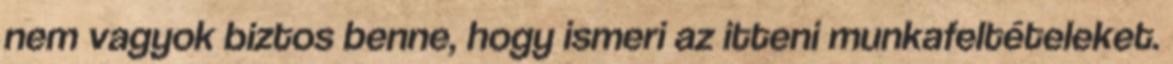
nem vagyok biztos benne, hogy ismeri az itteni munkafeltételeket.